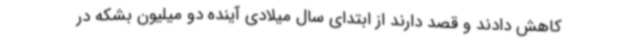
کاهش دادند و قصد دارند از ابتدای سال میلادی آینده دو میلیون بشکه در